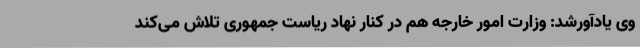
وی یادآورشد: وزارت امور خارجه هم در کنار نهاد ریاست جمهوری تلاش می‌کند